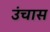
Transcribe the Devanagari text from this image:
उंचास